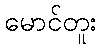
မောင်တူး